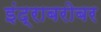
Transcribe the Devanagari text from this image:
इंद्राबरोबर